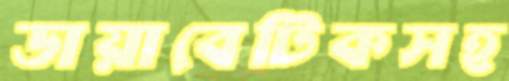
ডায়াবেটিকসহ